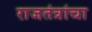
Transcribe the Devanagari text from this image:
राजतंत्रांचा